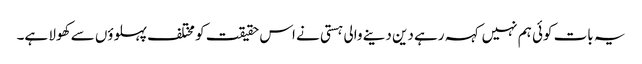
یہ بات کوئی ہم نہیں کہہ رہے دین دینے والی ہستی نے اس حقیقت کو مختلف پہلوؤں سے کھولا ہے۔